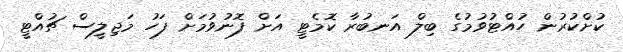
ކުށްކުރުން ހުއްޓުވުމުގެ ބިލް އަނބުރާ ކޮމެޓީ އަށް ފޮނުވުމަށް ފަހު މަޖިލީސް ޗުއްޓީ